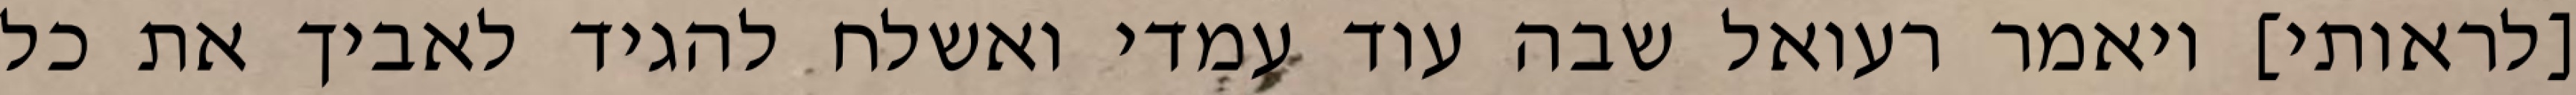
[לראותי] ויאמר רעואל שבה עוד עמדי ואשלח להגיד לאביך את כל